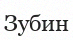
Зубин